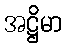
အဋ္ဌိမာ